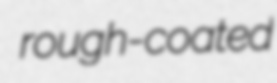
rough-coated